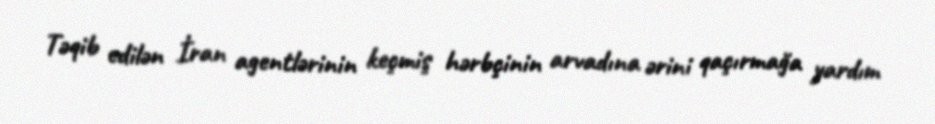
Təqib edilən İran agentlərinin keçmiş hərbçinin arvadına ərini qaçırmağa yardım